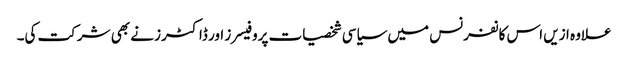
علاوہ ازیں اس کانفرنس میں سیاسی شخصیات پروفیسرز اور ڈاکٹرز نے بھی شرکت کی۔